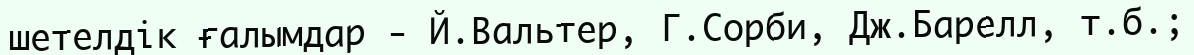
шетелдік ғалымдар - Й.Вальтер, Г.Сорби, Дж.Барелл, т.б.;